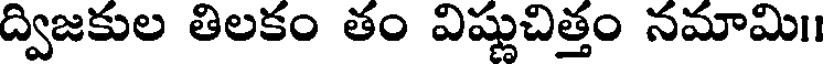
ద్విజకుల తిలకం తం విష్ణుచిత్తం నమామి।।